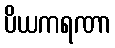
ပိယကရဏာ